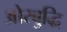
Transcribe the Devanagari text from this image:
ओरबुद्धि